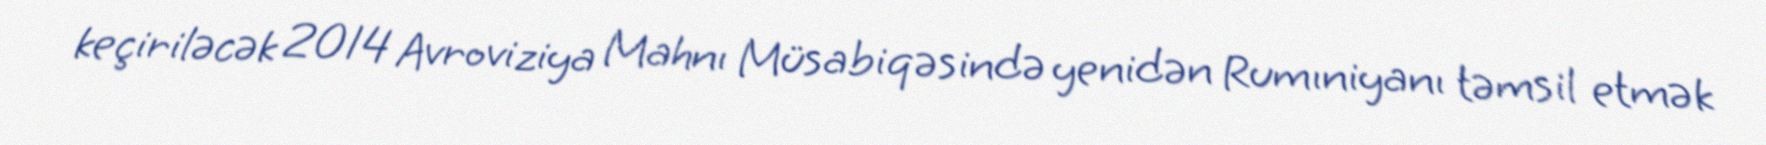
keçiriləcək 2014 Avroviziya Mahnı Müsabiqəsində yenidən Rumıniyanı təmsil etmək